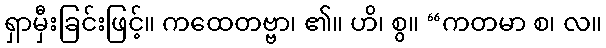
ရှာမှီးခြင်းဖြင့်။ ကထေတဗ္ဗာ၊ ၏။ ဟိ၊ စွ။ “ကတမာ စ၊ လ။